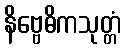
နိဗ္ဗေဓိကသုတ္တံ